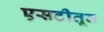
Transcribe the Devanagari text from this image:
एसटीतून